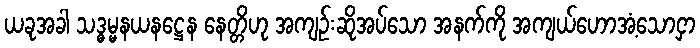
ယခုအခါ သဒ္ဓမ္မနယနဋ္ဌေန နေတ္တိဟု အကျဉ်းဆိုအပ်သော အနက်ကို အကျယ်ဟောအံ့သောငှာ